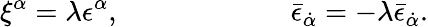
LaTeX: \xi^{\alpha}=\lambda\epsilon^{\alpha},\qquad\qquad\qquad\bar{\epsilon}_{\dot{\alpha}}=-\lambda\bar{\epsilon}_{\dot{\alpha}}.